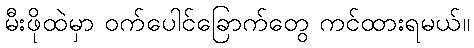
မီးဖိုထဲမှာ ဝက်ပေါင်ခြောက်တွေ ကင်ထားရမယ်။